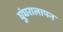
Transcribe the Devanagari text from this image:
घुंघरालापन